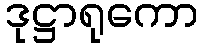
ဒုဋ္ဌာရုကော